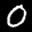
Label: 0